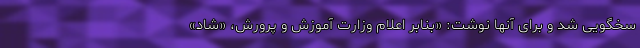
سخگویی شد و برای آنها نوشت: «بنابر اعلام وزارت آموزش و پرورش، «شاد»